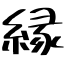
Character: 縁